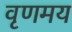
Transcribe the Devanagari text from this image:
वृणमय